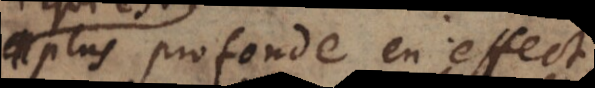
plus profonde en effect,